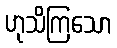
ဟုသိကြသော